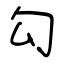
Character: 勾